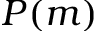
P ( m )